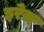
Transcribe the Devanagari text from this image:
इरेस